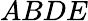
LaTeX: ABDE